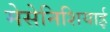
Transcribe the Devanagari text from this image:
मेसेनिशियाई